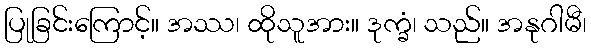
ပြုခြင်းကြောင့်။ အဿ၊ ထိုသူအား။ ဒုက္ခံ၊ သည်။ အနုဂါမီ၊